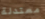
معتدلة